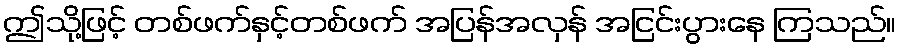
ဤသို့ဖြင့် တစ်ဖက်နှင့်တစ်ဖက် အပြန်အလှန် အငြင်းပွားနေ ကြသည်။